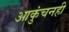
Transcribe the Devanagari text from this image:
आकुंचनही